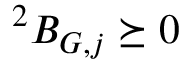
^ { 2 } B _ { G , j } \succeq 0